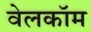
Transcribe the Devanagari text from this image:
वेलकॉम